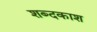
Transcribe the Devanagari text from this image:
शब्दकाश